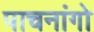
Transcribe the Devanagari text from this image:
पाचनांगो